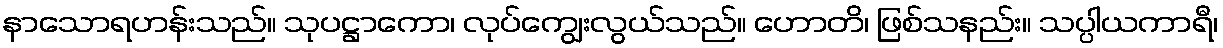
နာသောရဟန်းသည်။ သုပဋ္ဌာကော၊ လုပ်ကျွေးလွယ်သည်။ ဟောတိ၊ ဖြစ်သနည်း။ သပ္ပါယကာရီ၊